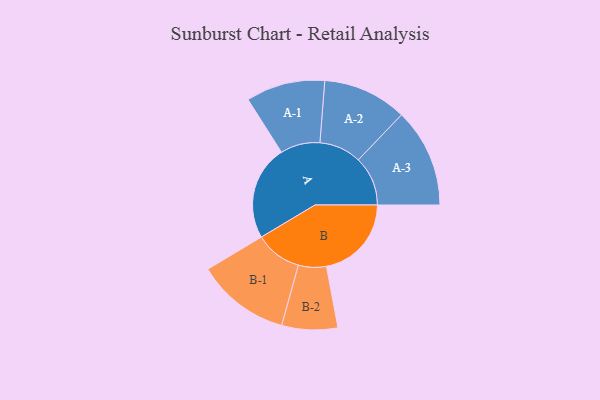
{"axis": {"x": "Segment", "y": "Value"}, "legend": ["", "A", "B"], "data": [{"x": "A", "y": 448, "type": ""}, {"x": "B", "y": 402, "type": ""}, {"x": "A-1", "y": 187, "type": "A"}, {"x": "A-2", "y": 199, "type": "A"}, {"x": "A-3", "y": 234, "type": "A"}, {"x": "B-1", "y": 221, "type": "B"}, {"x": "B-2", "y": 132, "type": "B"}]}